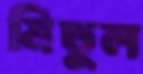
মিতুল